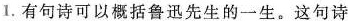
1.有句诗可以概括鲁迅先生的一生。这句诗